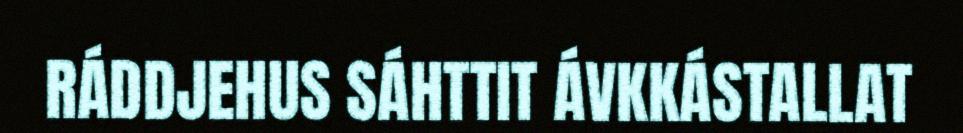
RÁDDJEHUS SÁHTTIT ÁVKKÁSTALLAT